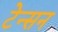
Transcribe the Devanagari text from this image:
टेन्सन